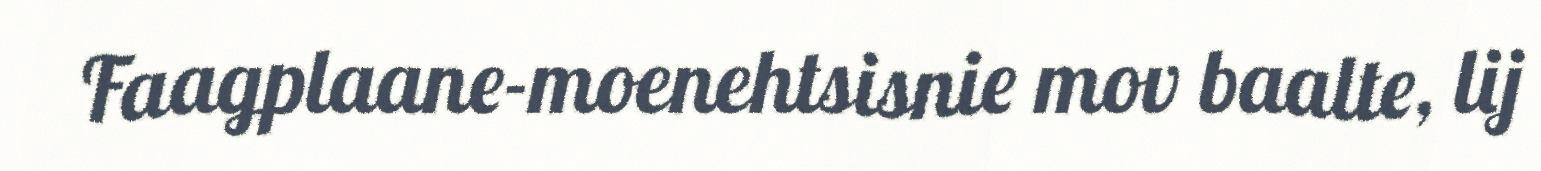
Faagplaane-moenehtsisnie mov baalte, lij